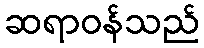
ဆရာဝန်သည်